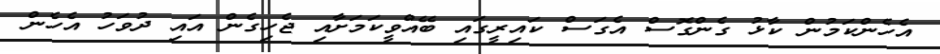
އެހެންކަމުން ކާޅު ގެންގޮސް އެގަސް ކައިރީގައި ބޭއްވީކަމަށާއި ޖެހިގެން އައި ދުވަހު އެހެން